Annual report of the Punjab Veterinary College and of the Civil Veterinary Department, Punjab - 1894-1908
Year: 1894
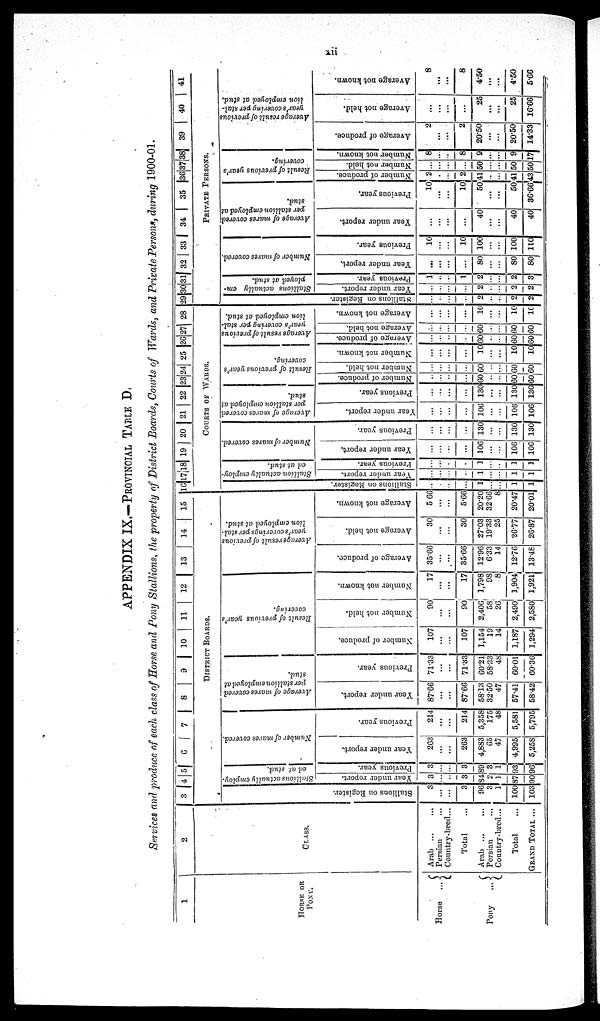
xii
APPENDIX IX.—PROVINCIAL TABLE D,
Services and produce of each class of Horse and Pony Stallions, the property of District Boards, Courts of Wards, and Private Persons, during 1900-01.
1
HORSE
OR
PONY.
Horse
...
Pony
...
2
CLASS.
Arab ... ...
Persian ...
Country-bred...
Total
Arab ... ...
Persian ...
Country-bred...
Total
GRAND TOTAL ...
3 4 5 6 7 8 9 10 1 1 I 12 13 14 15
DISTRICT BOARDS.
Stallions on Register.
3
...
...
3
96
3
1
100
103
Stallions actually employ-
ed at stud.
Year under report.
3
...
...
3
84
2
1
37
90
Previous year.
3
...
...
3
89
3
1
93
96
Number of mares covered.
Year under report.
263
...
...
263
4,883
65
47
4,995
5,258
Previous year.
214
......
...
214
5,358
175
48
5,581
5,795
Average
of mares covered
per stallionemployed at
stud.
Year under report.
87.66
...
...
87.66
5813
32.50
47
57.41
58.42
Previous year.
71.33
...
...
71.33
60.21
58.33
48
60.01
60.36
Result of previous year's
covering.
Number of produce.
107
...
...
107
1,154
19
14
1,187
1,294
Number not held.
90
...
...
90
2,406
58
26
2,490
2,580
Number not known.
17
...
...
17
1,798
98
8
1,904
l,921
Average result of previous
year's coverings per stal-
lion employed at stud.
Average of produce.
35.66
...
...
35.66
12.96
6.33
14
12.76
13.48
Average not held.
30
...
...
30
27.03
19.33
25
26.77
26.87
Average not known.
566
...
...
5..66
20.20
32.66
8
20.47
2001
16 17 18 19 20 21 22 23 24 25 26 27 28
COURTS OF WARDS.
Stallions on Register.
..
.
...
...
1
...
1
1
Stallion
actually employ-
ed at stud.
Year under report.
...
...
...
..
1
...
1
1
Previous year.
...
...
...
.
1
...
1
1
Number of mares covered.
Year under report.
...
...
...
...
106
...
106
106
Previous year.
...
...
...
...
130
...
130
130
Average of mares covered
per stallion employed at
stud.
Year under report.
...
...
...
...
106
...
...
106
106
Previous year.
...
...
...
...
130
...
...
130
130
Result of previous year's
covering.
Number of produce.
...
...
...
...
60
...
...
60
60
Number not held.
...
...
.........
...
60
...
...
60
60
Number not known.
...
...
...
...
10
...
...
10
10
Average result of previous
year's covering per stal-
lion employed at stud.
Average of produce.
...
...
...
...
60
...
...
60
60
Average not held.
...
...
...
...
60
...
...
60
60
Average
not known.
...
...
...
...
10
...
...
10
10
29 30 31 32 | 33 34 35 |3C 37 38 39 40 41
PRIVATE PERSONS.
Stallions on Regi s t
er .
...
...
...
...
2
...
...
2
2
Stallions a c t u a l l y em-
ployed at stud.
Year under report.
...
...
...
...
2
...
...
2
2
Previous year.
1
...
...
1
2
...
...
2
3
Number of mares covered.
Year under report.
...
...
...
...
80
...
...
80
80
Previous year.
10
...
...
10
100
...
...
100
110
Average of mares covered
per
stallion employed at
stud.
Year under report.
...
...
...
...
40
...
...
40
40
Previous year.
10
...
...
10
50
...
...
50
36.66
Result of previous year's
covering.
Number of produce.
2
...
...
2
41
...
...
41
43
Number not held.
...
...
...
50
...
...
50
50
Number not known.
8
...
8
9
...
...
9
17
Average result of previous
year's covering per stal-
lion employed at stud.
Average of produce.
2
...
...
2
20.50
...
...
20.50
14.33
Average not held.
...
...
...
...
25
...
...
25
16.66
Average not known.
8
...
...
8
4.50
...
...
4.50
5.66